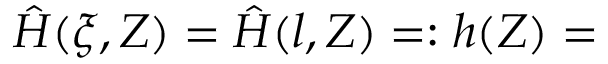
\hat { H } ( \xi , Z ) = \hat { H } ( l , Z ) = : h ( Z ) =